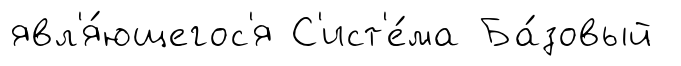
явл'я́ющегос'я С'ист'е́ма Ба́зовый